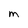
Character: m